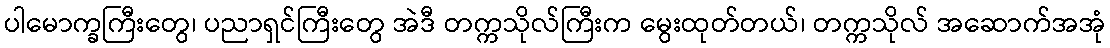
ပါမောက္ခကြီးတွေ၊ ပညာရှင်ကြီးတွေ အဲဒီ တက္ကသိုလ်ကြီးက မွေးထုတ်တယ်၊ တက္ကသိုလ် အဆောက်အအုံ